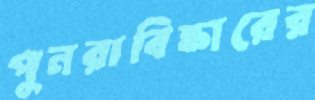
পুনরাবিষ্কারের